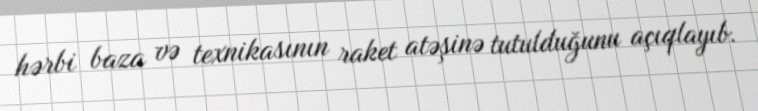
hərbi baza və texnikasının raket atəşinə tutulduğunu açıqlayıb.